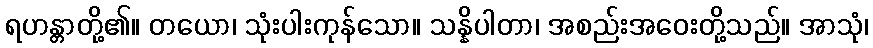
ရဟန္တာတို့၏။ တယော၊ သုံးပါးကုန်သော။ သန္နိပါတာ၊ အစည်းအဝေးတို့သည်။ အာသုံ၊